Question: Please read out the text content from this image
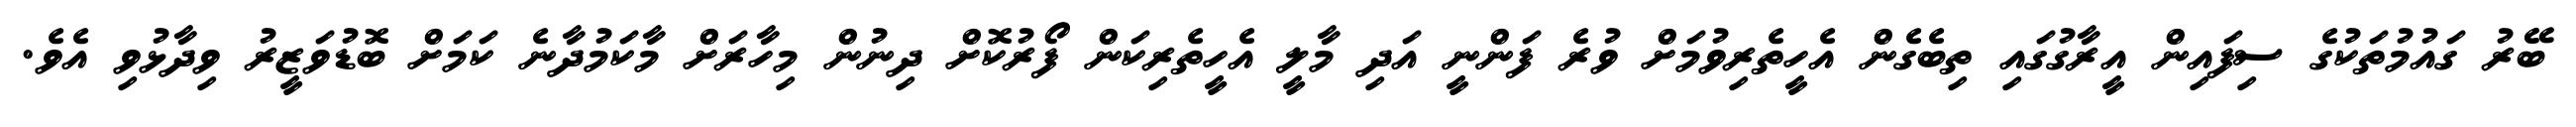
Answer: ބޭރު ގައުމުތަކުގެ ސިފައިން އީރާގުގައި ތިބެގެން އެހީތެރިވުމަށް ވުރެ ފަންނީ އަދި މާލީ އެހީތެރިކަން ފޯރުކޮށް ދިނުން މިހާރަށް މާކަމުދާނެ ކަމަށް ބޮޑުވަޒީރު ވިދާޅުވި އެވެ.